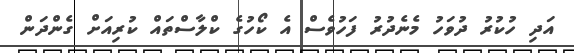
އަދި ހުކުރު ދުވަހު މެނެދުރު ފަހުވެސް އެ ކޯހުގެ ކްލާސްތައް ކުރިއަށް ގެންދަން